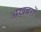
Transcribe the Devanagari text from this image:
अखबरों